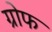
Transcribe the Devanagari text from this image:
ग्रोफ